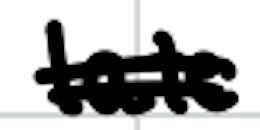
Text: late
Cross-out: mix
Writing tool: digital_black